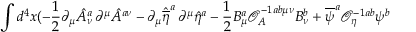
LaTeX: \int d ^ { 4 } x ( - \frac { 1 } { 2 } \partial _ { \mu } { \hat { A } } _ { \nu } ^ { a } \, \partial ^ { \mu } { \hat { A } } ^ { a \nu } - \partial _ { \mu } { \hat { \overline { { { \eta } } } } } ^ { a } \, \partial ^ { \mu } { \hat { \eta } } ^ { a } - \frac { 1 } { 2 } B _ { \mu } ^ { a } { \mathcal { O } } _ { A } ^ { - 1 a b \mu \nu } B _ { \nu } ^ { b } + { \overline { { { \psi } } } } ^ { a } { \mathcal { O } } _ { \eta } ^ { - 1 a b } \psi ^ { b }